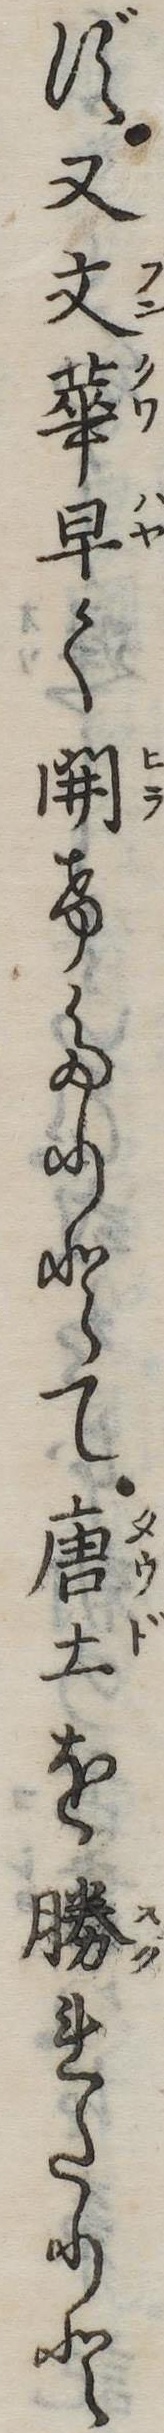
ず又文華早く開けたりとて唐土を勝れたりと